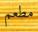
مطعم